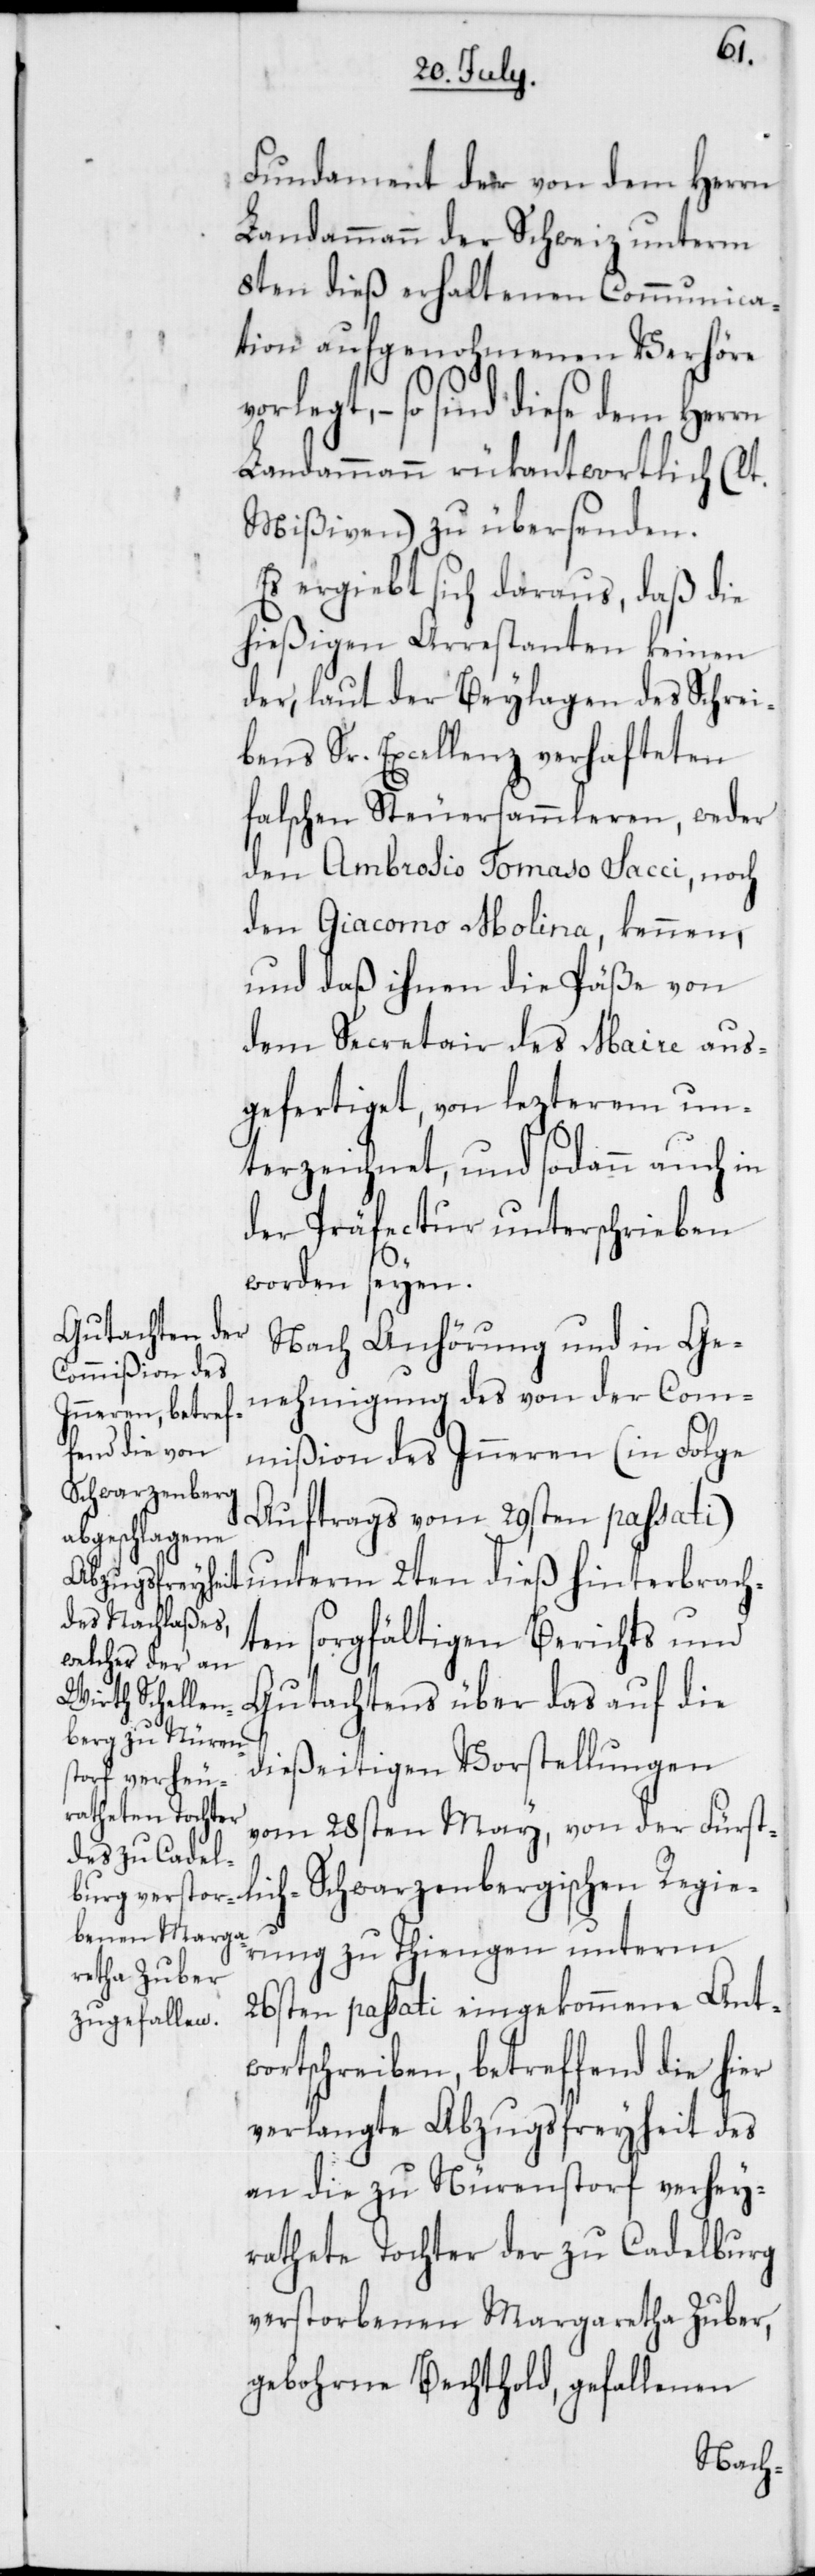
h-S¬
Fundament der von dem Herrn
Landammann der Schweiz unterm
8ten dieß erhaltenen Communica¬
tion aufgenohmenen Verhöre
rlegt, – so sind diese dem Herrn
Landammann rükantwortlich (lt.
Mißiven) zu übersenden.
Es ergibt sich daraus, daß die
hießigen Arrestanten keinen
der, laut der Beylagen des Schrei¬
bens Sr. Excellenz verhafteten
falschen Steuersammleren, weder
den Ambrosio Tomaso Sacci, noch
den Giacomo Molina, kennen,
und daß ihnen die Päße von
dem Secretair des Maire aus¬
gefertiget, von lezterem un¬
terzeichnet, und sodann auch in
der Präfectur unterschrieben
worden seyen.
Nach Anhörung und in Ge¬
nehmigung des von der Com¬
ischen Regie¬
mißion des Inneren (in Folge
chwarzenberg¬
Auftrags vom 29sten passati)
ten sorgfältigen Berichts und
Gutachtens über das auf die
dießeitigen Vorstellungen
vom 28sten May, von der Fürst¬
rung zu Tiengen unterm
26sten passati eingekommene Ant¬
wortschreiben, betreffend die hier
verlangte Abzugsfreyheit des
an die zu Nürenstorf verhey¬
rathete Tochter der zu Cadelburg
verstorbenen Margaretha Zuber,
gebohrne Bechthold, gefallenen
rbrach¬